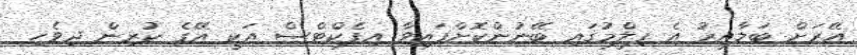
އޭރަށް ބަލާއިރު އެ ފިލްމުގައި ބޭނުންކޮށްފައިވާ އިފެކްޓްސް އަކީ އޭގެ ކުރިން ދިވެހި